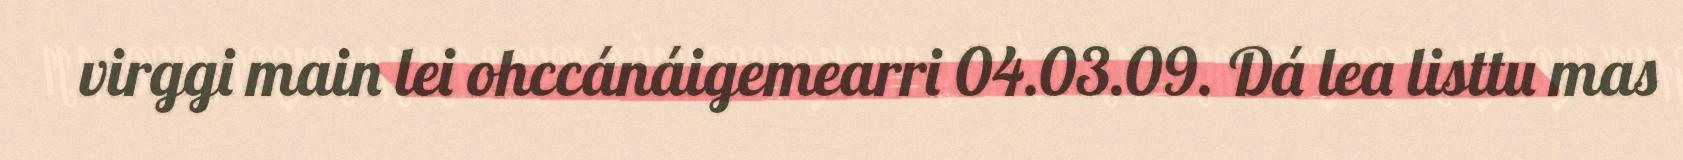
virggi main lei ohccánáigemearri 04.03.09. Dá lea listtu mas